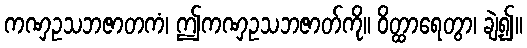
ကဏှဥသဘဇာတကံ၊ ဤကဏှဥသဘဇာတ်ကို။ ဝိတ္ထာရေတွာ၊ ချဲ့၍။